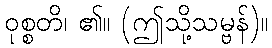
ဝုစ္စတိ၊ ၏။ (ဤသို့သမ္ဗန်)။